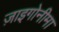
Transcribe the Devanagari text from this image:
ज़ाइगोनीमा